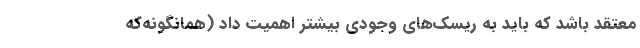
معتقد باشد که باید به ریسک‌های وجودی بیشتر اهمیت‌ داد (همانگونه‌که